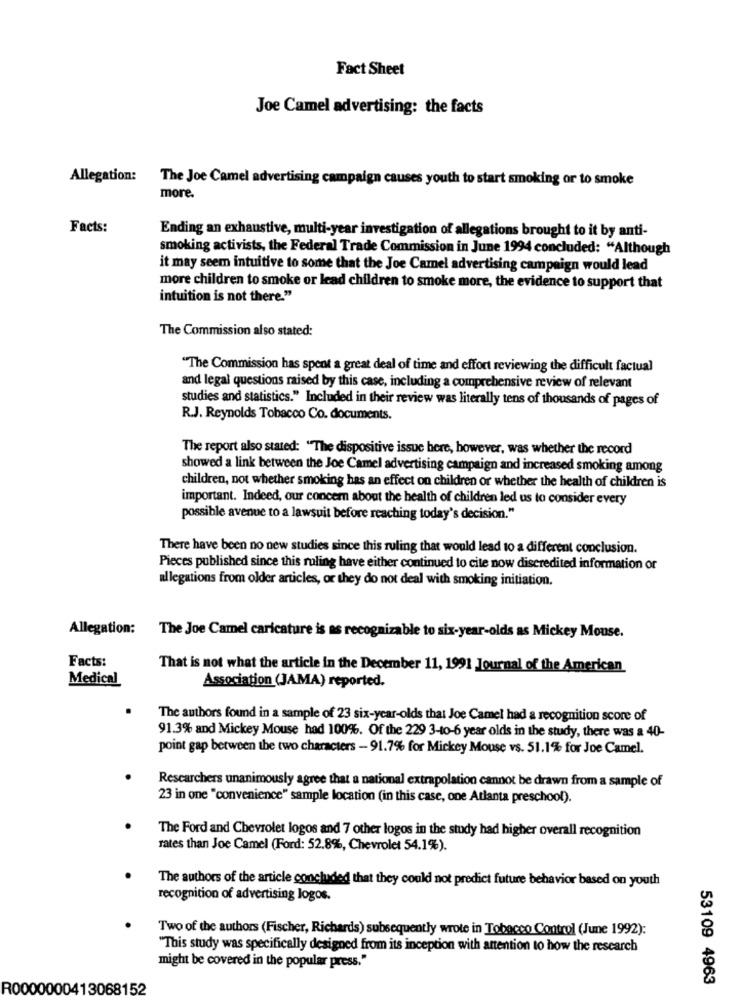
Fact Sheet
Joe Camel advertising: the facts
Allegation: The Joe Camel advertising campaign causes youth to start smoking or to smoke
more.
Facts:
Ending an exhaustive, multi-year investigation of allegations brought to it by anti-
smoking activists, the Federal Trade Commission in June 1994 concluded: "Although
it may seem intuitive to some that the Joe Camel advertising campaign would lead
more children to smoke or lead children to smoke more, the evidence to support that
intuition is not there."
The Commission also stated:
"The Commission has spent a great deal of time and effort reviewing the difficult factual
and legal questions raised by this case, including a comprehensive review of relevant
studies and statistics." Included in their review was literally tens of thousands of pages of
R.J. Reynolds Tobacco Co. documents.
The report also stated: "The dispositive issue here, however, was whether the record
showed a link between the Joe Camel advertising campaign and increased smoking among
children, not whether smoking bas an effect on children or whether the health of children is
important. Indeed, our concern about the health of children led us to consider every
possible avenue to a lawsuit before reaching today's decision."
There have been no new studies since this ruling that would lead to a different conclusion.
Pieces published since this ruling have either continued to cite now discredited information or
allegations from older articles, or they do not deal with smoking initiation.
Allegation:
The Joe Camel caricature is as recognizable to six-year-olds as Mickey Mouse.
Facts:
That is not what the article in the December 11, 1991 Journal of the American
Medical
Association (JAMA) reported.
The authors found in a sample of 23 six-year-olds that Joe Camel had a recognition score of
91.3% and Mickey Mouse had 100%. Of the 229 3-to-6 year olds in the study, there was a 40-
point gap between the two characters - 91.7% for Mickey Mouse vs. 51.1% for Joe Camel.
Researchers unanimously agree that a national extrapolation cannot be drawn from a sample of
23 in one "convenience" sample location (in this case, one Atlanta preschool).
The Ford and Chevrolet logos and 7 other logos in the study had higher overall recognition
rates than Joe Camel (Ford: 52.8%, Chevrolet 54.1%).
The authors of the article concluded that they could not predict future behavior based on youth
recognition of advertising logos.
Two of the authors (Fischer, Richards) subsequently wrote in Tobacco Control (June 1992):
"This study was specifically designed from its inception with attention to how the research
might be covered in the popular press."
53109 4963
R0000000413068152